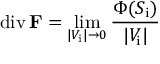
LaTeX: \operatorname { d i v } \mathbf { F } = \operatorname* { l i m } _ { | V _ { \mathrm { i } } | \rightarrow 0 } { \frac { \Phi ( S _ { \mathrm { i } } ) } { | V _ { \mathrm { i } } | } }